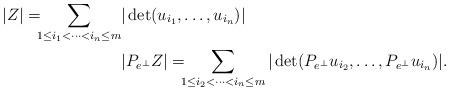
LaTeX: \begin{align*}|Z|=\!\!\!\sum_{1\le i_1<\cdots<i_n \le m}&|\det(u_{i_1},\dots,u_{i_n})|\\&|P_{e^\bot}Z|=\!\!\!\sum_{1\le i_2<\cdots<i_n\le m}|\det(P_{e^\bot}u_{i_2},\dots,P_{e^\bot}u_{i_n})|.\end{align*}